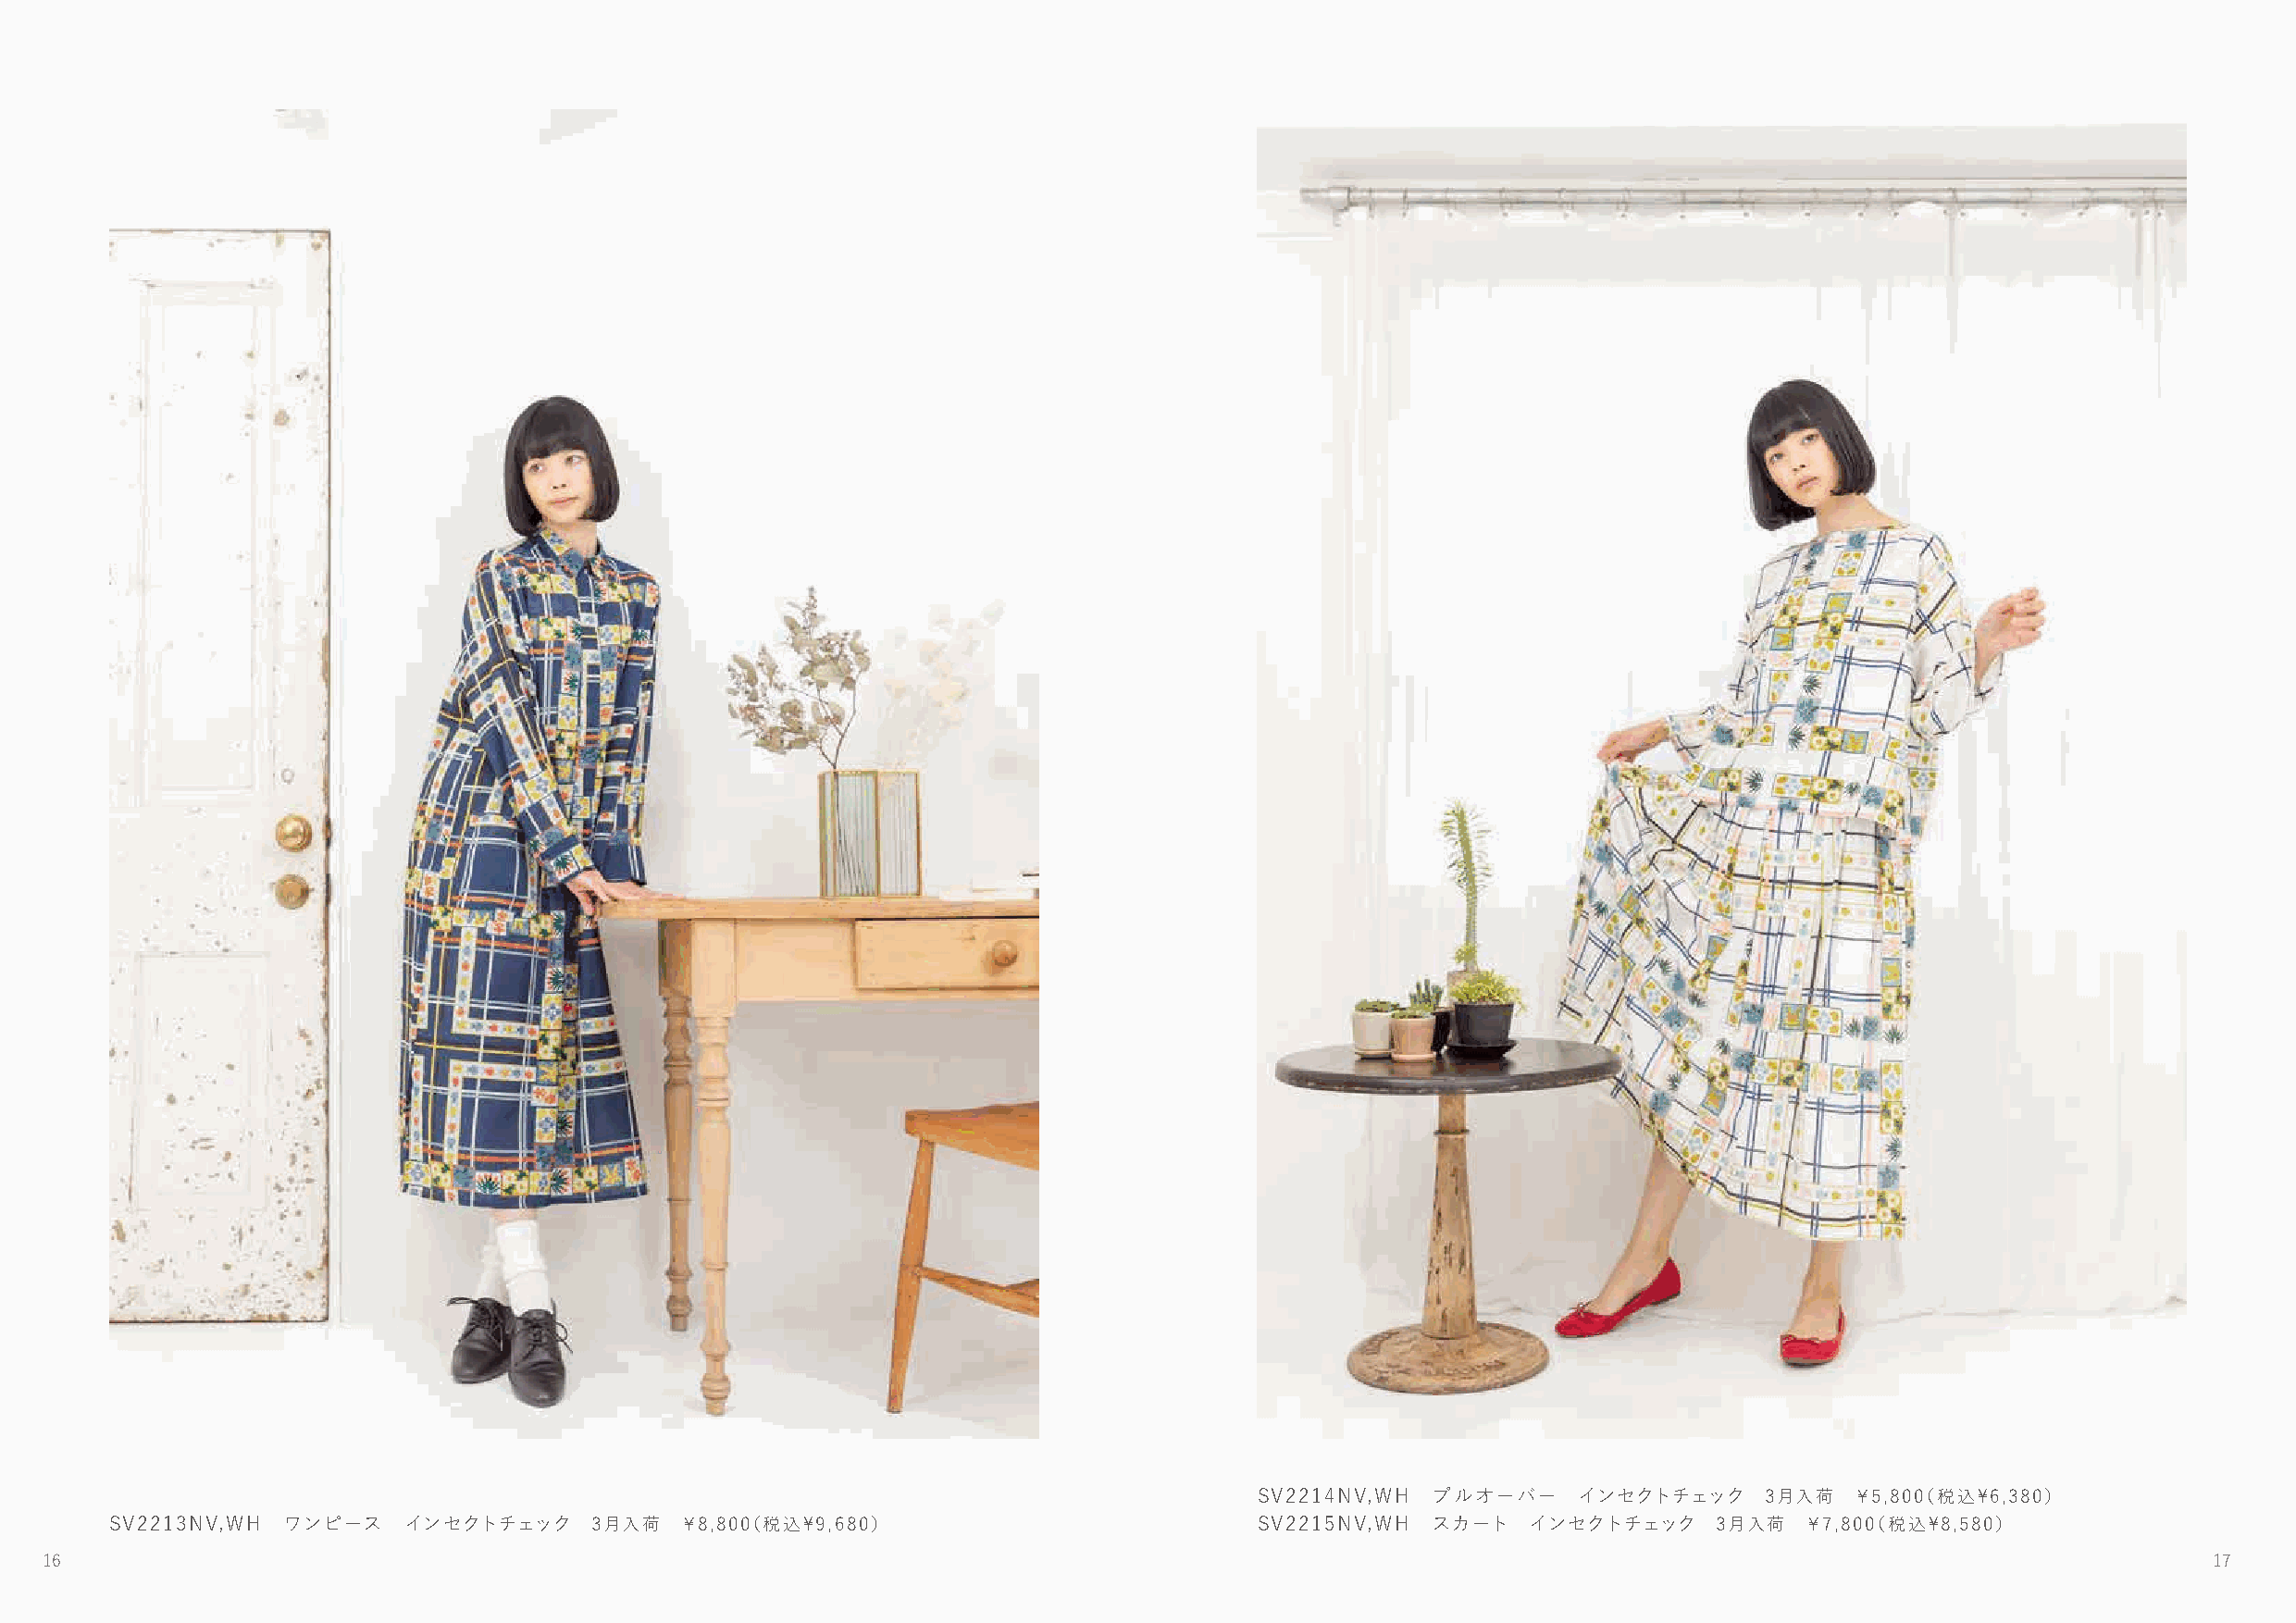
SV2214NV,WH プルオーバー     インセクトチェック    3月入荷   ￥5,800（税込\6,380）
 SSVV22122103NNVV,W,WHH ワワンンピピーースス ソ ーイダン セ6ク月ト入チ荷ェ ッ￥ク8 ,830月0（入税荷込 \￥9,86,8800）0（税込\9,680） SV2215NV,WH スカート インセクトチェック 3月入荷 ￥7,800（税込\8,580）
 16                                                                                                                                                         17